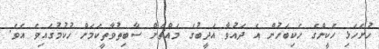
ހުށަހެޅި ހެކީންގެ ހެކިބަހުން އެ ދައުވާ އަދީބުގެ މައްޗަށް ސާބިތުވާތީކަމަށް ހުކުމުގައިވެ އެވެ.